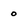
Character: o